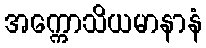
အက္ကောသိယမာနာနံ